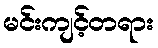
မင်းကျင့်တရား